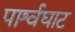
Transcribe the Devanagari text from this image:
पार्श्वघाट